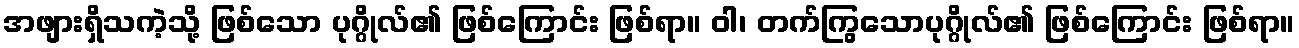
အဖျားရှိသကဲ့သို့ ဖြစ်သော ပုဂ္ဂိုလ်၏ ဖြစ်ကြောင်း ဖြစ်ရာ။ ဝါ၊ တက်ကြွသောပုဂ္ဂိုလ်၏ ဖြစ်ကြောင်း ဖြစ်ရာ။